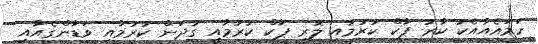
ހަމައެއާއެކު ކާރު ޕާކް ކުރުމާއި ލޮރީ ޕާކް ކުރުމާއި ގުދަން ކުރުމާއި ވަޑާންގެއާއި